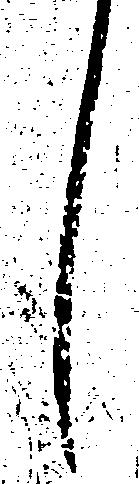
し